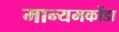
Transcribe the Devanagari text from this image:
मान्यमकोंडा